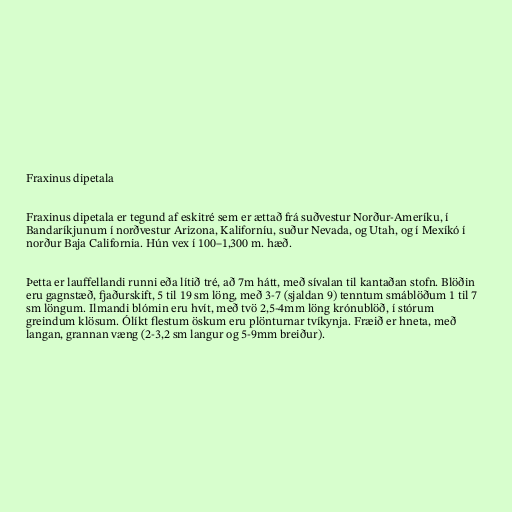
Fraxinus dipetala

Fraxinus dipetala er tegund af eskitré sem er ættað frá suðvestur Norður-Ameríku, í
Bandaríkjunum í norðvestur Arizona, Kaliforníu, suður Nevada, og Utah, og í Mexíkó í
norður Baja California. Hún vex í 100–1,300 m. hæð.

Þetta er lauffellandi runni eða lítið tré, að 7m hátt, með sívalan til kantaðan stofn. Blöðin
eru gagnstæð, fjaðurskift, 5 til 19 sm löng, með 3-7 (sjaldan 9) tenntum smáblöðum 1 til 7
sm löngum. Ilmandi blómin eru hvít, með tvö 2,5-4mm löng krónublöð, í stórum
greindum klösum. Ólíkt flestum öskum eru plönturnar tvíkynja. Fræið er hneta, með
langan, grannan væng (2-3,2 sm langur og 5-9mm breiður).